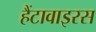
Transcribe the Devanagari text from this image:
हैंटावाइरस